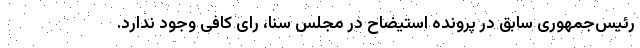
رئیس‌جمهوری سابق در پرونده استیضاح در مجلس سنا، رای کافی وجود ندارد.